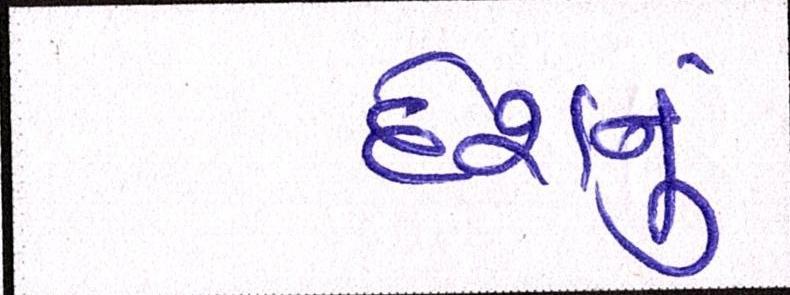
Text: દેશનું